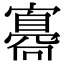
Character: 𡫛